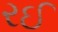
રઈ